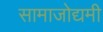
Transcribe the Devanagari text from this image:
सामाजोद्यमी